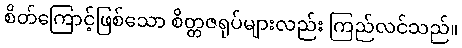
စိတ်ကြောင့်ဖြစ်သော စိတ္တဇရုပ်များလည်း ကြည်လင်သည်။